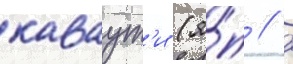
каваут'и (я́п // ̄